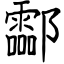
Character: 酃